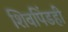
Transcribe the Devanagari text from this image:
शिवपिंडही